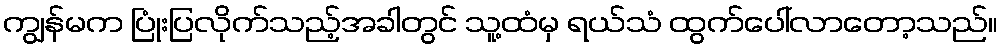
ကျွန်မက ပြုံးပြလိုက်သည့်အခါတွင် သူ့ထံမှ ရယ်သံ ထွက်ပေါ်လာတော့သည်။